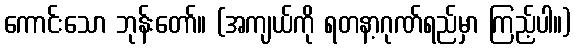
ကောင်းသော ဘုန်းတော်။ (အကျယ်ကို ရတနာ့ဂုဏ်ရည်မှာ ကြည့်ပါ။)